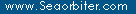
www.seaorbiter.com